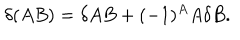
LaTeX: \delta ( A B ) = \delta A B + ( - 1 ) ^ { A } A \delta B .